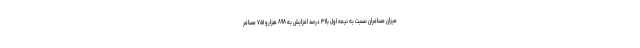
میزان مسافران نسبت به نیمه اول با۳۱ درصد افزایش به ۸۹۸ هزارو ۷۵۱ مسافر